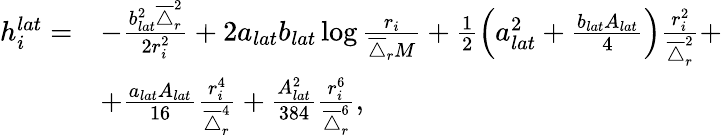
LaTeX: \begin{array}{rl}{h_{i}^{lat}=}&{-\frac{b_{lat}^{2}\overline{{\triangle}}_{r}^{2}}{2r_{i}^{2}}+2a_{lat}b_{lat}\log\frac{r_{i}}{\overline{{\triangle}}_{r}M}+\frac{1}{2}\left(a_{lat}^{2}+\frac{b_{lat}A_{lat}}{4}\right)\frac{r_{i}^{2}}{\overline{{\triangle}}_{r}^{2}}+}\\ &{+\frac{a_{lat}A_{lat}}{16}\frac{r_{i}^{4}}{\overline{{\triangle}}_{r}^{4}}+\frac{A_{lat}^{2}}{384}\frac{r_{i}^{6}}{\overline{{\triangle}}_{r}^{6}},}\end{array}